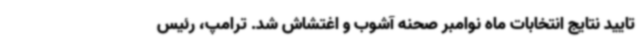
تایید نتایج انتخابات ماه نوامبر صحنه آشوب و اغتشاش شد. ترامپ، رئیس